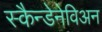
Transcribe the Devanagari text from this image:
स्कैन्डेनेविअन